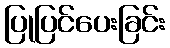
ပြုပြင်ပေးခြင်း